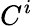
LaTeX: C^{i}